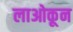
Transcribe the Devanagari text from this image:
लाओकून